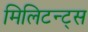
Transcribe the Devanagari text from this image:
मिलिटन्ट्स